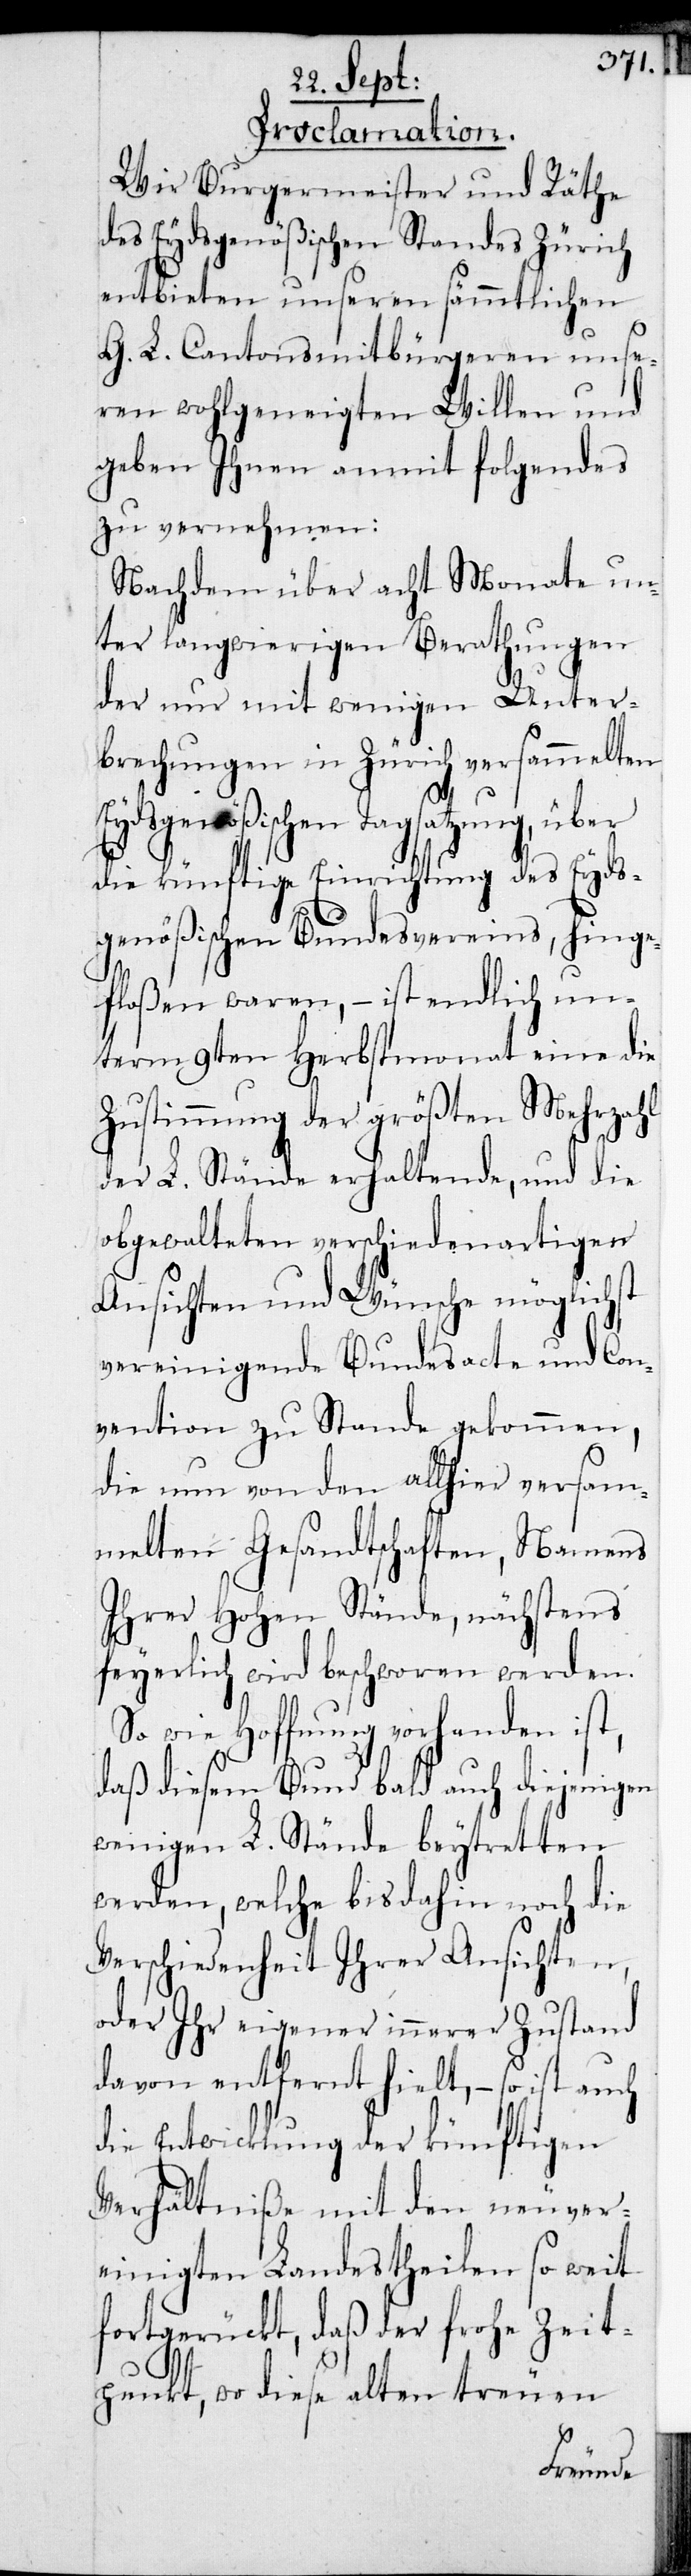
Proclamation.
Wir Burgermeister und Räthe
des Eydsgenößischen Standes Zürich
entbieten unseren sämmtlichen
G. L. Cantonsmitbürgeren unse¬
ren wohlgeneigten Willen und
geben Ihnen anmit folgendes
zu vernehmen:
Nachdem über acht Monat un¬
ter langwierigen Berathungen
der nur mit wenigen Unter¬
brechungen in Zürich versammelten
Eydsgenößischen Tagsatzung, über
die künftige Einrichtung des Eyds¬
genößischen Bundesvereins, hinge¬
floßen waren, – ist endlich un¬
term 9ten Herbstmonat eine die
Zustimmung der größten Mehrzahl
der L. Stände erhaltende, und die
obgewalteten verschiedenartigen
Ansichten und Wünsche möglichst
vereinigende Bundesacte und Con¬
vention zu Stande gekommen,
die nun von den allhier versam¬
melten Gesandtschaften, Namens
ihrer Hohen Stände, nächstens
feyerlich wird beschworen werden.
So wie Hoffnung vorhanden ist,
daß diesem Bund bald auch diejenigen
wenigen L. Stände beytretten
werden, welche bis dahin noch die
Verschiedenheit Ihrer Ansichten,
oder Ihr eigener innerer Zustand
davon entfernt hielt, – so ist auch
die Entwicklung der künftigen
Verhältniße mit den neuver¬
einigten Landestheilen so weit
fortgerückt, daß der frohe Zeit¬
punkt, wo diese alten treuen